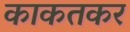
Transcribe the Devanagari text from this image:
काकतकर